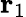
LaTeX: \mathbf{r}_{1}